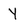
Character: Y